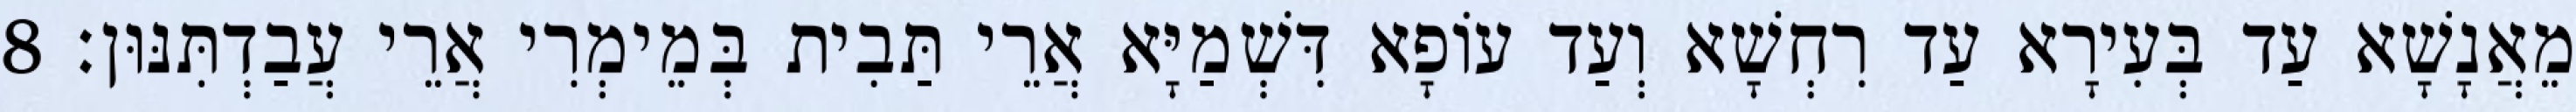
מֵאֲנָשָׁא עַד בְּעִירָא עַד רִחְשָׁא וְעַד עוֹפָא דִּשְׁמַיָּא אֲרֵי תַּבִית בְּמֵימְרִי אֲרֵי עֲבַדְתִּנּוּן׃ 8